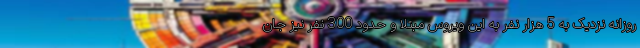
روزانه نزدیک به 5 هزار نفر به این ویروس مبتلا و حدود 300 نفر نیز جان